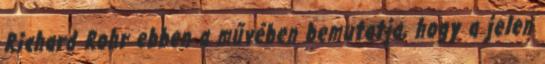
Richard Rohr ebben a művében bemutatja, hogy a jelen